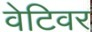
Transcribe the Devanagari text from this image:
वेटिवर